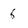
Character: 6